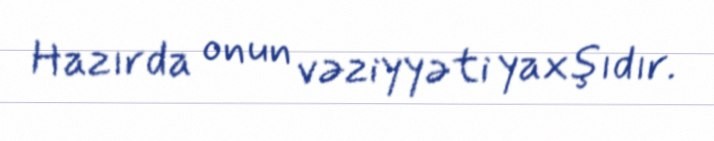
Hazırda onun vəziyyəti yaxşıdır.